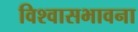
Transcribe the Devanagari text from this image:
विश्वासभावना